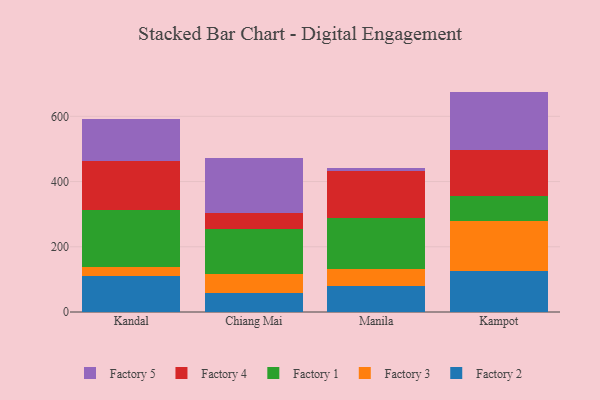
{"axis": {"x": "City", "y": "Churn Rate (%)"}, "legend": ["Factory 1", "Factory 2", "Factory 3", "Factory 4", "Factory 5"], "data": [{"x": "Kandal", "y": 108.9, "type": "Factory 2"}, {"x": "Kandal", "y": 30.3, "type": "Factory 3"}, {"x": "Kandal", "y": 172.7, "type": "Factory 1"}, {"x": "Kandal", "y": 152.5, "type": "Factory 4"}, {"x": "Kandal", "y": 126.5, "type": "Factory 5"}, {"x": "Chiang Mai", "y": 59.8, "type": "Factory 2"}, {"x": "Chiang Mai", "y": 55.5, "type": "Factory 3"}, {"x": "Chiang Mai", "y": 138.2, "type": "Factory 1"}, {"x": "Chiang Mai", "y": 50.8, "type": "Factory 4"}, {"x": "Chiang Mai", "y": 167.2, "type": "Factory 5"}, {"x": "Manila", "y": 79.4, "type": "Factory 2"}, {"x": "Manila", "y": 53.7, "type": "Factory 3"}, {"x": "Manila", "y": 154.6, "type": "Factory 1"}, {"x": "Manila", "y": 144.0, "type": "Factory 4"}, {"x": "Manila", "y": 10.5, "type": "Factory 5"}, {"x": "Kampot", "y": 126.2, "type": "Factory 2"}, {"x": "Kampot", "y": 153.3, "type": "Factory 3"}, {"x": "Kampot", "y": 77.2, "type": "Factory 1"}, {"x": "Kampot", "y": 139.9, "type": "Factory 4"}, {"x": "Kampot", "y": 179.2, "type": "Factory 5"}]}